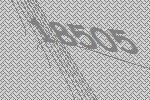
18505